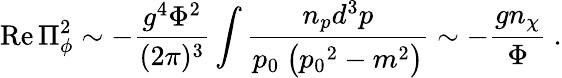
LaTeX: \mathrm{Re}\, \Pi_{\phi}^{2}\sim-{\frac{g^{4}\Phi^{2}}{(2\pi)^{3}}}\int{\frac{n_{p}d^{3}p}{p_{0}~\bigl({p_{0}}^{2}-m^{2}\bigr)}}\sim-{\frac{gn_{\chi}}{\Phi}}\ .